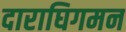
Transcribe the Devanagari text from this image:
दाराघिगमन